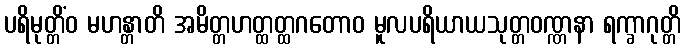
ပရိမုတ္တိံဝ မဟန္တာတိ အမိတ္တဟတ္ထတ္ထဂတောဝ မူလပရိယာယသုတ္တဝဏ္ဏနာ ရက္ခာဂုတ္တိ